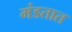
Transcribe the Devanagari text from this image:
मंडतात